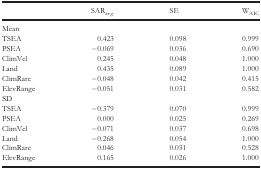
<table><thead><tr><td></td><td><b>SAR<sub>avg</sub></b></td><td><b>SE</b></td><td><b>W<sub>AIC</sub></b></td></tr></thead><tbody><tr><td colspan="4">Mean</td></tr><tr><td>TSEA</td><td>0.423</td><td>0.098</td><td>0.999</td></tr><tr><td>PSEA</td><td>−0.069</td><td>0.036</td><td>0.690</td></tr><tr><td>ClimVel</td><td>0.245</td><td>0.048</td><td>1.000</td></tr><tr><td>Land</td><td>0.435</td><td>0.089</td><td>1.000</td></tr><tr><td>ClimRare</td><td>−0.048</td><td>0.042</td><td>0.415</td></tr><tr><td>ElevRange</td><td>−0.051</td><td>0.031</td><td>0.582</td></tr><tr><td colspan="4">SD</td></tr><tr><td>TSEA</td><td>−0.379</td><td>0.070</td><td>0.999</td></tr><tr><td>PSEA</td><td>0.000</td><td>0.025</td><td>0.269</td></tr><tr><td>ClimVel</td><td>−0.071</td><td>0.037</td><td>0.698</td></tr><tr><td>Land</td><td>−0.268</td><td>0.054</td><td>1.000</td></tr><tr><td>ClimRare</td><td>0.046</td><td>0.031</td><td>0.528</td></tr><tr><td>ElevRange</td><td>0.165</td><td>0.026</td><td>1.000</td></tr></tbody></table>